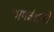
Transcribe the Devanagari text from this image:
नागवंशजों